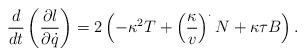
LaTeX: \begin{align*} \frac{d}{dt}\left(\frac{\partial l}{\partial\dot{q}}\right) = 2\left( -\kappa^2 T + \left( \frac{\kappa}{v} \right)^{\cdot} N +\kappa\tau B \right).\end{align*}